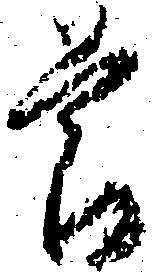
節